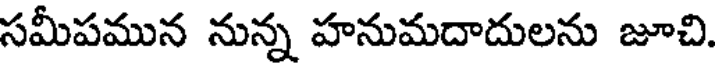
సమీపమున నున్న హనుమదాదులను జూచి.